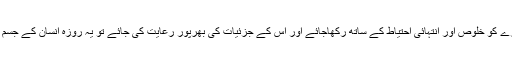
حقیقت بھی ہے کہ اگر روزہ خاص طور سے ماہ مبارک رمضان کے روزے کو خلوص اور انتہائی احتیاط کے ساتھ رکھاجائے اور اس کے جزئیات کی بھرپور رعایت کی جائے تو یہ روزہ انسان کے جسم و روح پر بہت سے مادی و معنوی اثرات مرتب کرنے کا موجب ہوتاہے ۔